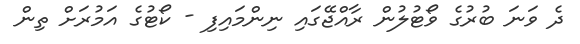
ދެ ވަނަ ބުރުގެ ވޯޓުލުން ރާއްޖޭގައި ނިންމައިފި - ކޯޓުގެ އަމުރަށް ތިން